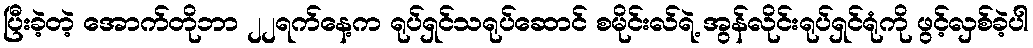
ပြီးခဲ့တဲ့ အောက်တိုဘာ ၂၂ရက်နေ့က ရုပ်ရှင်သရုပ်ဆောင် စမိုင်းလ်ရဲ့ အွန်လိုင်းရုပ်ရှင်ရုံကို ဖွင့်လှစ်ခဲ့ပါ